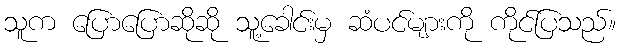
သူက ပြောပြောဆိုဆို သူ့ခေါင်းမှ ဆံပင်များကို ကိုင်ပြသည်။